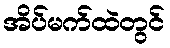
အိပ်မက်ထဲတွင်